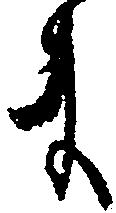
ま